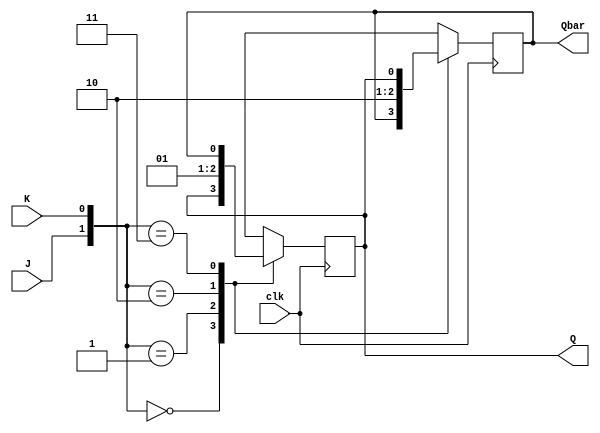
`timescale 1ns / 1ps
//////////////////////////////////////////////////////////////////////////////////
// Company: 
// Engineer: 
// 
// Design Name: 
// Module Name:    JK_ff 
// Project Name: 
// Target Devices: 
// Tool versions: 
// Description: 
//
// Dependencies: 
//
// Revision: 
// Revision 0.01 - File Created
// Additional Comments: 
//
//////////////////////////////////////////////////////////////////////////////////
module JK_ff(clk,J,K,Q,Qbar);
	input clk,J,K;
	output reg Q,Qbar;
	always@(posedge clk)
	begin
		case({J,K})
			2'b00: begin 
					 Q <= Q;
					 Qbar <= Qbar; 
					 end
			2'b01: begin 
					 Q <= 0;
					 Qbar <= 1; 
					 end
			2'b10: begin 
			       Q <= 1;
					 Qbar <= 0; 
					 end
			2'b11: begin 
					 Q <= Qbar;
					 Qbar <= Q; 
					 end
		endcase
	end
endmodule